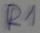
Text: R1